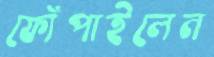
ফোঁপাইলেন